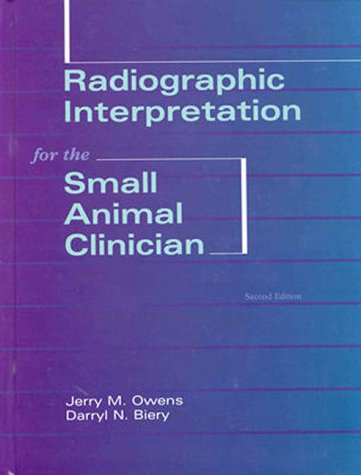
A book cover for Radiographic Interpretation for the Small Animal  Clinician; Jerry Owens; Medical Books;